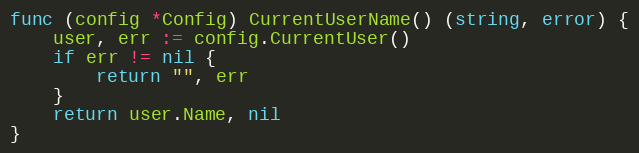
Language: Go
func (config *Config) CurrentUserName() (string, error) {
	user, err := config.CurrentUser()
	if err != nil {
		return "", err
	}
	return user.Name, nil
}